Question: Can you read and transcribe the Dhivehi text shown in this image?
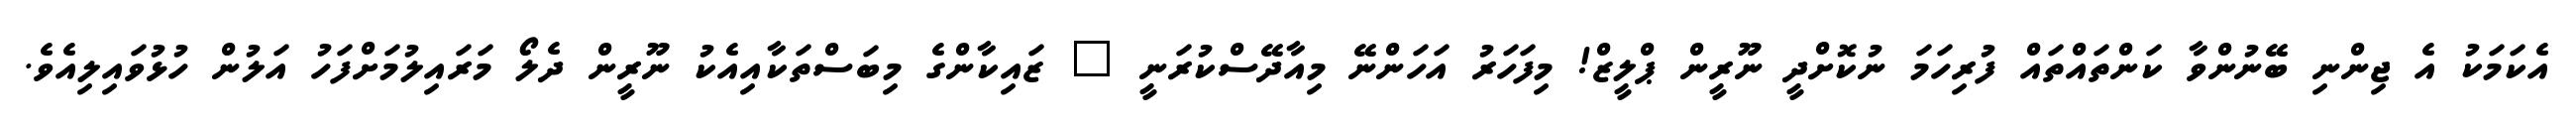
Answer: އެކަމަކު އެ ޖިންނި ބޭނުންވާ ކަންތައްތައް ފުރިހަމަ ނުކޮށްދީ ނޫރީން ޕްލީޒް! މިފަހަރު އަހަންނޭ މިއާދޭސްކުރަނީ " ޒައިކާންގެ މިބަސްތަކާއިއެކު ނޫރީން ދެލޯ މަރައިލުމަށްފަހު އަލުން ހުޅުވައިލިއެވެ.